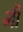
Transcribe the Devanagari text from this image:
भी